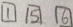
\boxed { 1 } \boxed { 5 } \boxed { 6 }